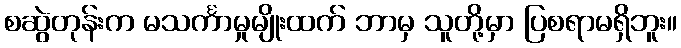
စဆွဲတုန်းက မသင်္ကာမှုမျိုးထက် ဘာမှ သူတို့မှာ ပြစရာမရှိဘူး။